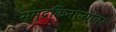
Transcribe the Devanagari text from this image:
समुद्रकिनाऱ्यांवर